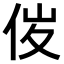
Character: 𠈦